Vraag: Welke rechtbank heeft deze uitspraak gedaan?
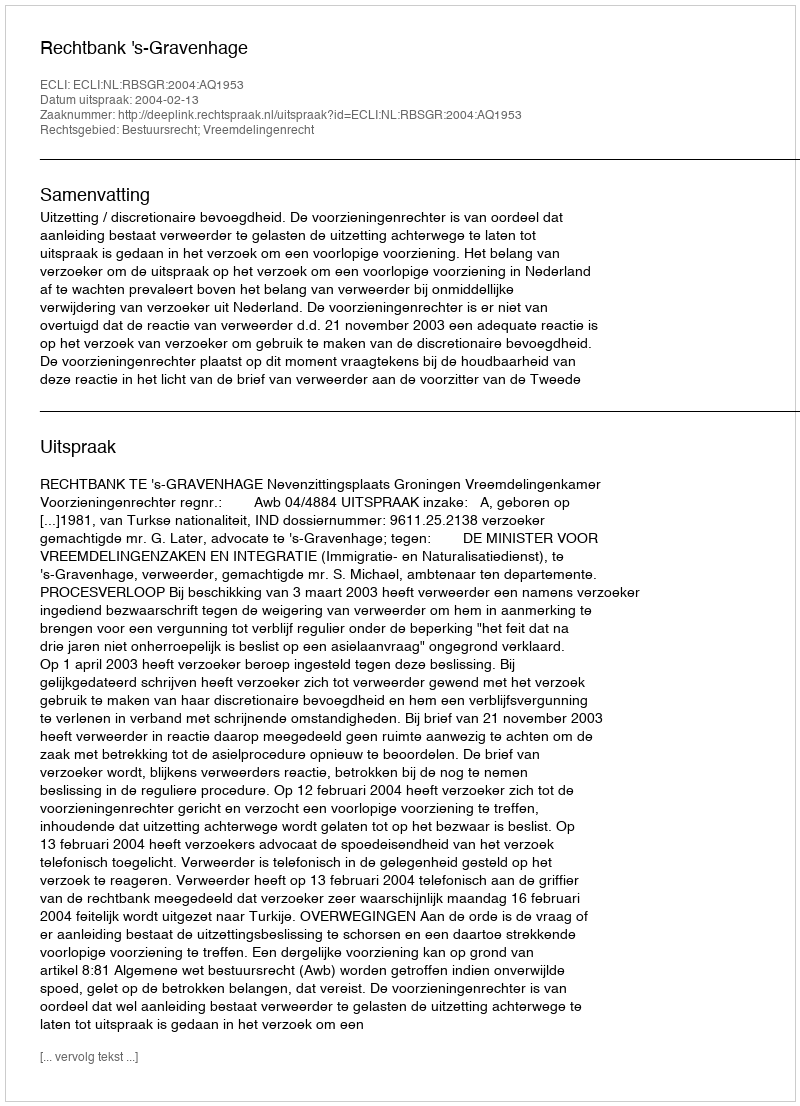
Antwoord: Rechtbank 's-Gravenhage